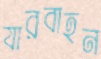
যারবাহন